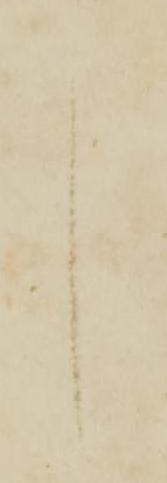
言